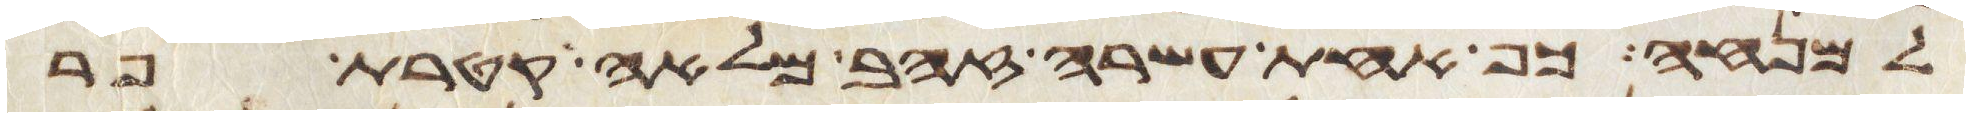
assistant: למנחה כף אחת עשרה זהב מלאה קטרת פר